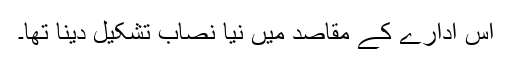
اس ادارے کے مقاصد میں نیا نصاب تشکیل دینا تھا۔